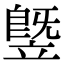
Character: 䇒